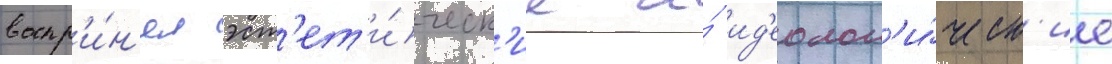
воспр'и́н'ял эст'ет'и́ческ'ие и́ ид'еолог'и́ческ'ие